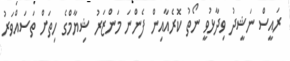
ރައީސް ނަޝީދު ވިދާޅުވީ ނޯތު ކޮރެއާއިން ފެންނަ މަންޒަރު ޝިޔާމްގެ ހިތަށް ތަސައްވަރު